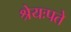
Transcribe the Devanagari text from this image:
श्रेयःपते